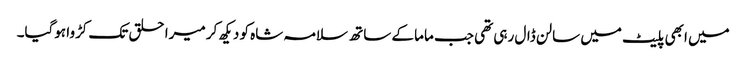
میں ابھی پلیٹ میں سالن ڈال رہی تھی جب ماما کے ساتھ سلامہ شاہ کو دیکھ کر میرا حلق تک کڑوا ہوگیا۔